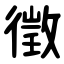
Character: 徵